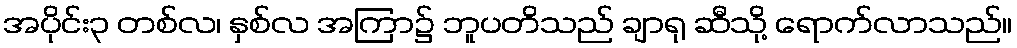
အပိုင်း၃ တစ်လ၊ နှစ်လ အကြာ၌ ဘူပတိသည် ချာရု ဆီသို့ ရောက်လာသည်။